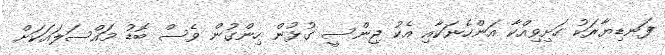
ފަނޑިޔާރަކު ހަށިވިއްކާ އަންހެނަކާއި އެކު ޖިންސީ ގުޅުން ހިންގުން ވެސް ބޮޑު މައްސަލައަކަށް